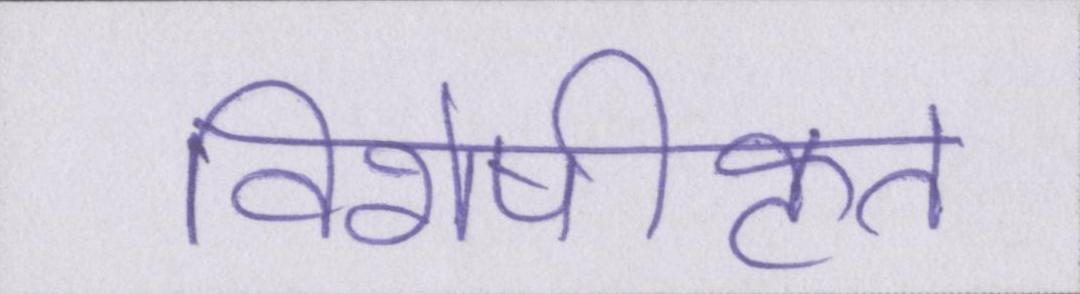
विशेषीकृत